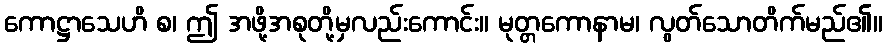
ကောဋ္ဌာသေဟိ စ၊ ဤ အဖို့အစုတို့မှလည်းကောင်း။ မုတ္တကောနာမ၊ လွတ်သောတိက်မည်၏။